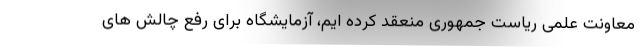
معاونت علمی ریاست جمهوری منعقد کرده ایم، آزمایشگاه برای رفع چالش های